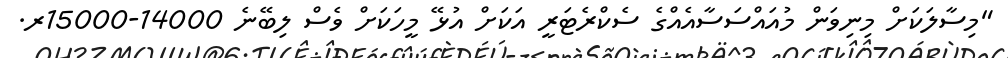
"މިސާލަކަށް މިނިވަން މުއައްސަސާއެއްގެ ސެކްރެޓަރީ އަކަށް އުޅޭ މީހަކަށް ވެސް ލިބޭނެ 14000-15000ރ.